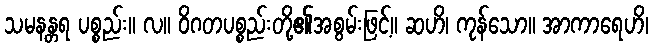
သမနန္တရ ပစ္စည်း။ လ။ ဝိဂတပစ္စည်းတို့၏အစွမ်းဖြင့်။ ဆဟိ၊ ကုန်သော။ အာကာရေဟိ၊